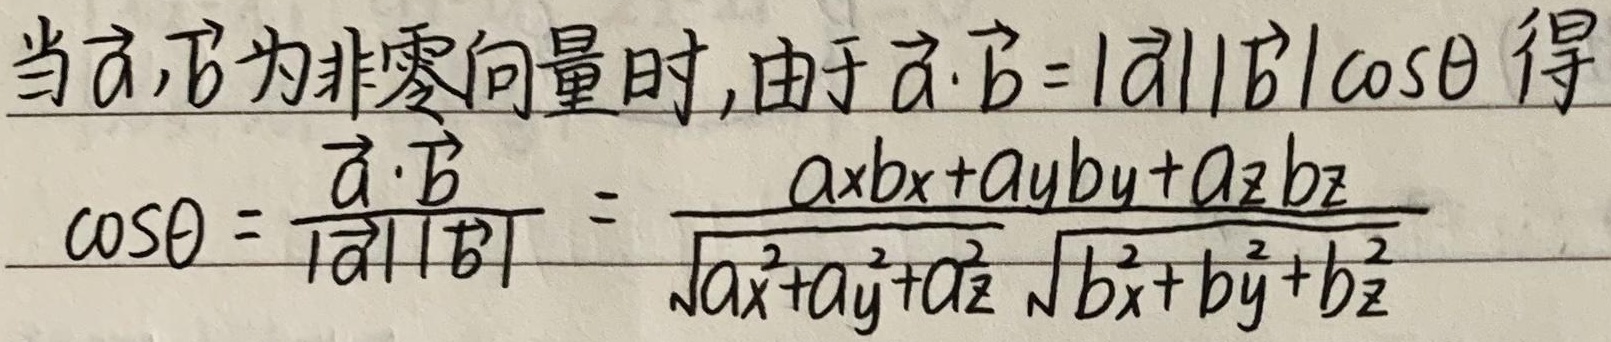
当$\vec{a},\vec{b}$为非零向量时,由于$\vec{a} \cdot \vec{b}=|\vec{a}||\vec{b}|\cos\theta$ 得
\[
\cos\theta = \frac{\vec{a} \cdot \vec{b}}{|\vec{a}||\vec{b}|} = \frac{a_xb_x + a_yb_y + a_zb_z}{\sqrt{a_x^{2}+a_y^{2}+a_z^{2}}\sqrt{b_x^{2}+b_y^{2}+b_z^{2}}}
\]